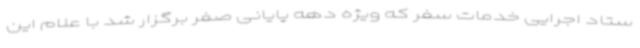
ستاد اجرایی خدمات سفر که ویژه دهه پایانی صفر برگزار شد با علام این